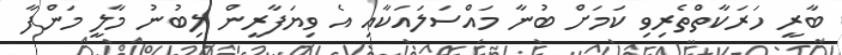
ބާރީ ހަރަކާތްތެރިވި ކަމަށް ބުނާ މައްސަލައަކާއި އެ ވިޔަފާރީން ލިބުނު މާލީ މަންފާ